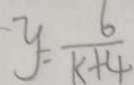
y = \frac { 6 } { k + 4 }